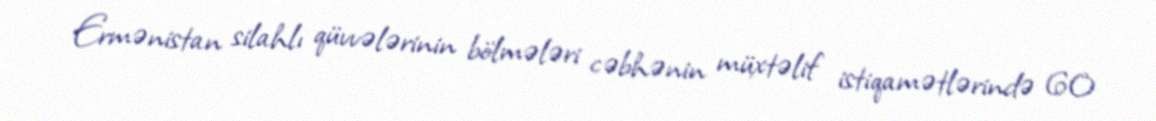
Ermənistan silahlı qüvvələrinin bölmələri cəbhənin müxtəlif istiqamətlərində 60